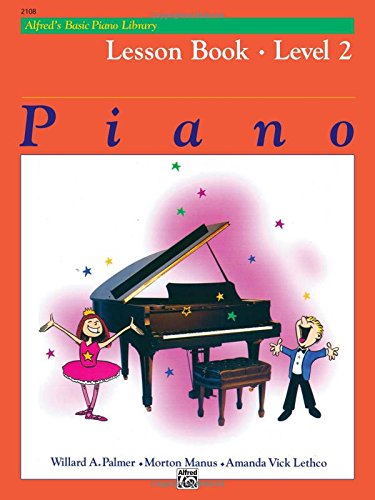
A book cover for Alfred's Basic Piano Library Lesson Book: Level 2; Willard A. Palmer; Humor & Entertainment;